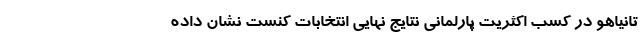
تانیاهو در کسب اکثریت پارلمانی نتایج نهایی انتخابات کنست نشان داده